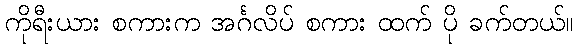
ကိုရီးယား စကားက အင်္ဂလိပ် စကား ထက် ပို ခက်တယ်။